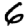
Digit: 6